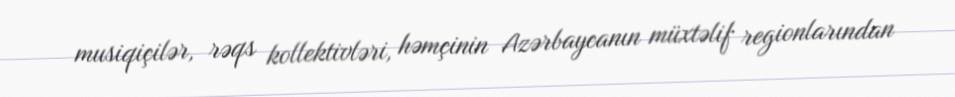
musiqiçilər, rəqs kollektivləri, həmçinin Azərbaycanın müxtəlif regionlarından